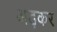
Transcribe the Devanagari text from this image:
अड़कर